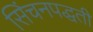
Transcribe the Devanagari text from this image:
सिंचनपद्धती